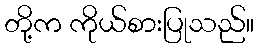
တို့က ကိုယ်စားပြုသည်။